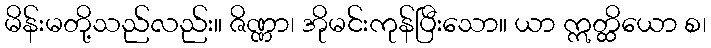
မိန်းမတို့သည်လည်း။ ဇိဏ္ဏာ၊ အိုမင်းကုန်ပြီးသော။ ယာ ဣတ္ထိယော စ၊